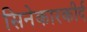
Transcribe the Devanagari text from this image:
सिनेकारकीर्द